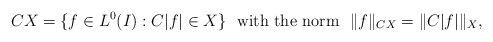
\begin{align*} CX=\{f\in L^0(I): C|f| \in X\} ~~ {\rm with ~the ~norm } ~~ \|f\|_{CX} = \| C|f| \|_{X},\end{align*}